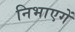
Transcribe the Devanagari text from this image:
निभाएगें